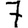
Digit: 7